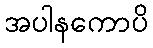
အပါနကောပိ